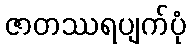
ဇာတဿရပျက်ပုံ